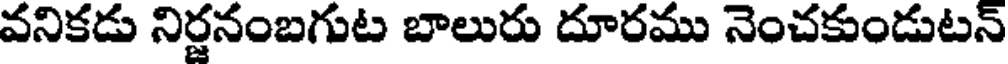
వనికడు నిర్జనంబగుట బాలురు దూరము నెంచకుండుటన్